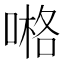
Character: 𠺝